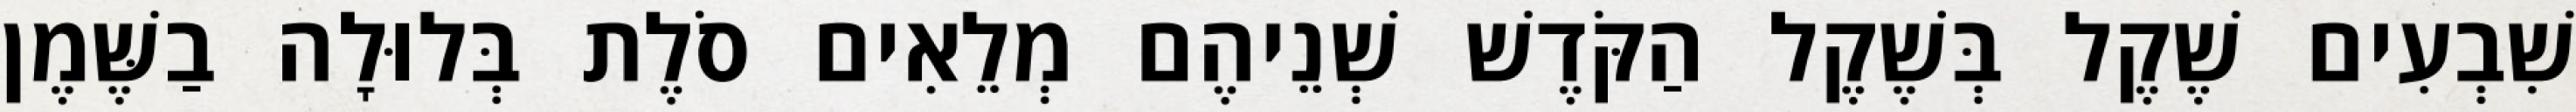
שִׁבְעִים שֶׁקֶל בְּשֶׁקֶל הַקֹּדֶשׁ שְׁנֵיהֶם מְלֵאִים סֹלֶת בְּלוּלָה בַשֶּׁמֶן